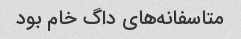
متاسفانه‌های داگ خام بود